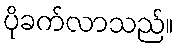
ပိုခက်လာသည်။